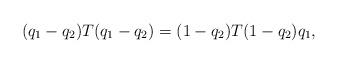
LaTeX: \begin{align*}(q_1-q_2)T(q_1-q_2)=(1-q_2)T(1-q_2)q_1,\end{align*}